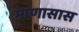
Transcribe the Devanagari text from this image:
माणासास